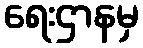
ရေးဌာနမှ